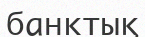
банктық